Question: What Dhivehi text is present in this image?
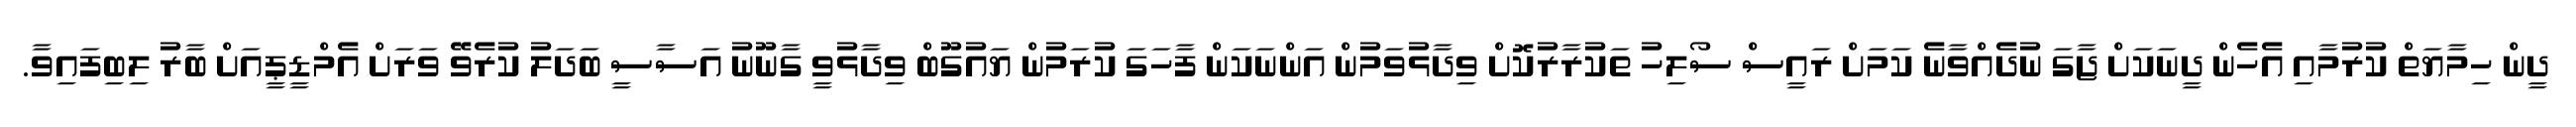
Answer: ދީން ހިމާޔަތް ކުރުމާއި އެހެން ދީނަކަށް ޖާގަ ނުދެއްވާނެ ކަމަށް ރައީސް ސޯލިހު ތަކުރާރުކޮށް ވިދާޅުވަމުން އަންނަކަން ފާހަގަ ކުރަމުން ޔައުގޫބް ވިދާޅުވީ ގާނޫނު އަސާސީ ބަދަލު ކުރެވޭ ވަރަށް އެމްޑީޕީއަށް ބާރު ލިބިފައިވާ.